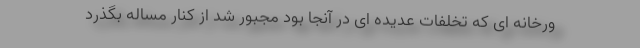
ورخانه ای که تخلفات عدیده ای در آنجا بود مجبور شد از کنار مساله بگذرد